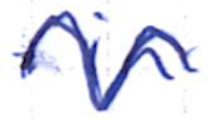
Text: in
Cross-out: mix
Writing tool: ballpoint